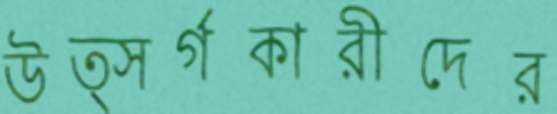
উত্সর্গকারীদের